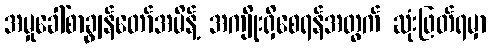
အမှုခေါ်စာချွန်တော်အမိန့် အကျိုးရှိစေရန်အတွက် ဆုံးဖြတ်ရမှာ